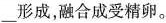
___形成，融合成受精卵。